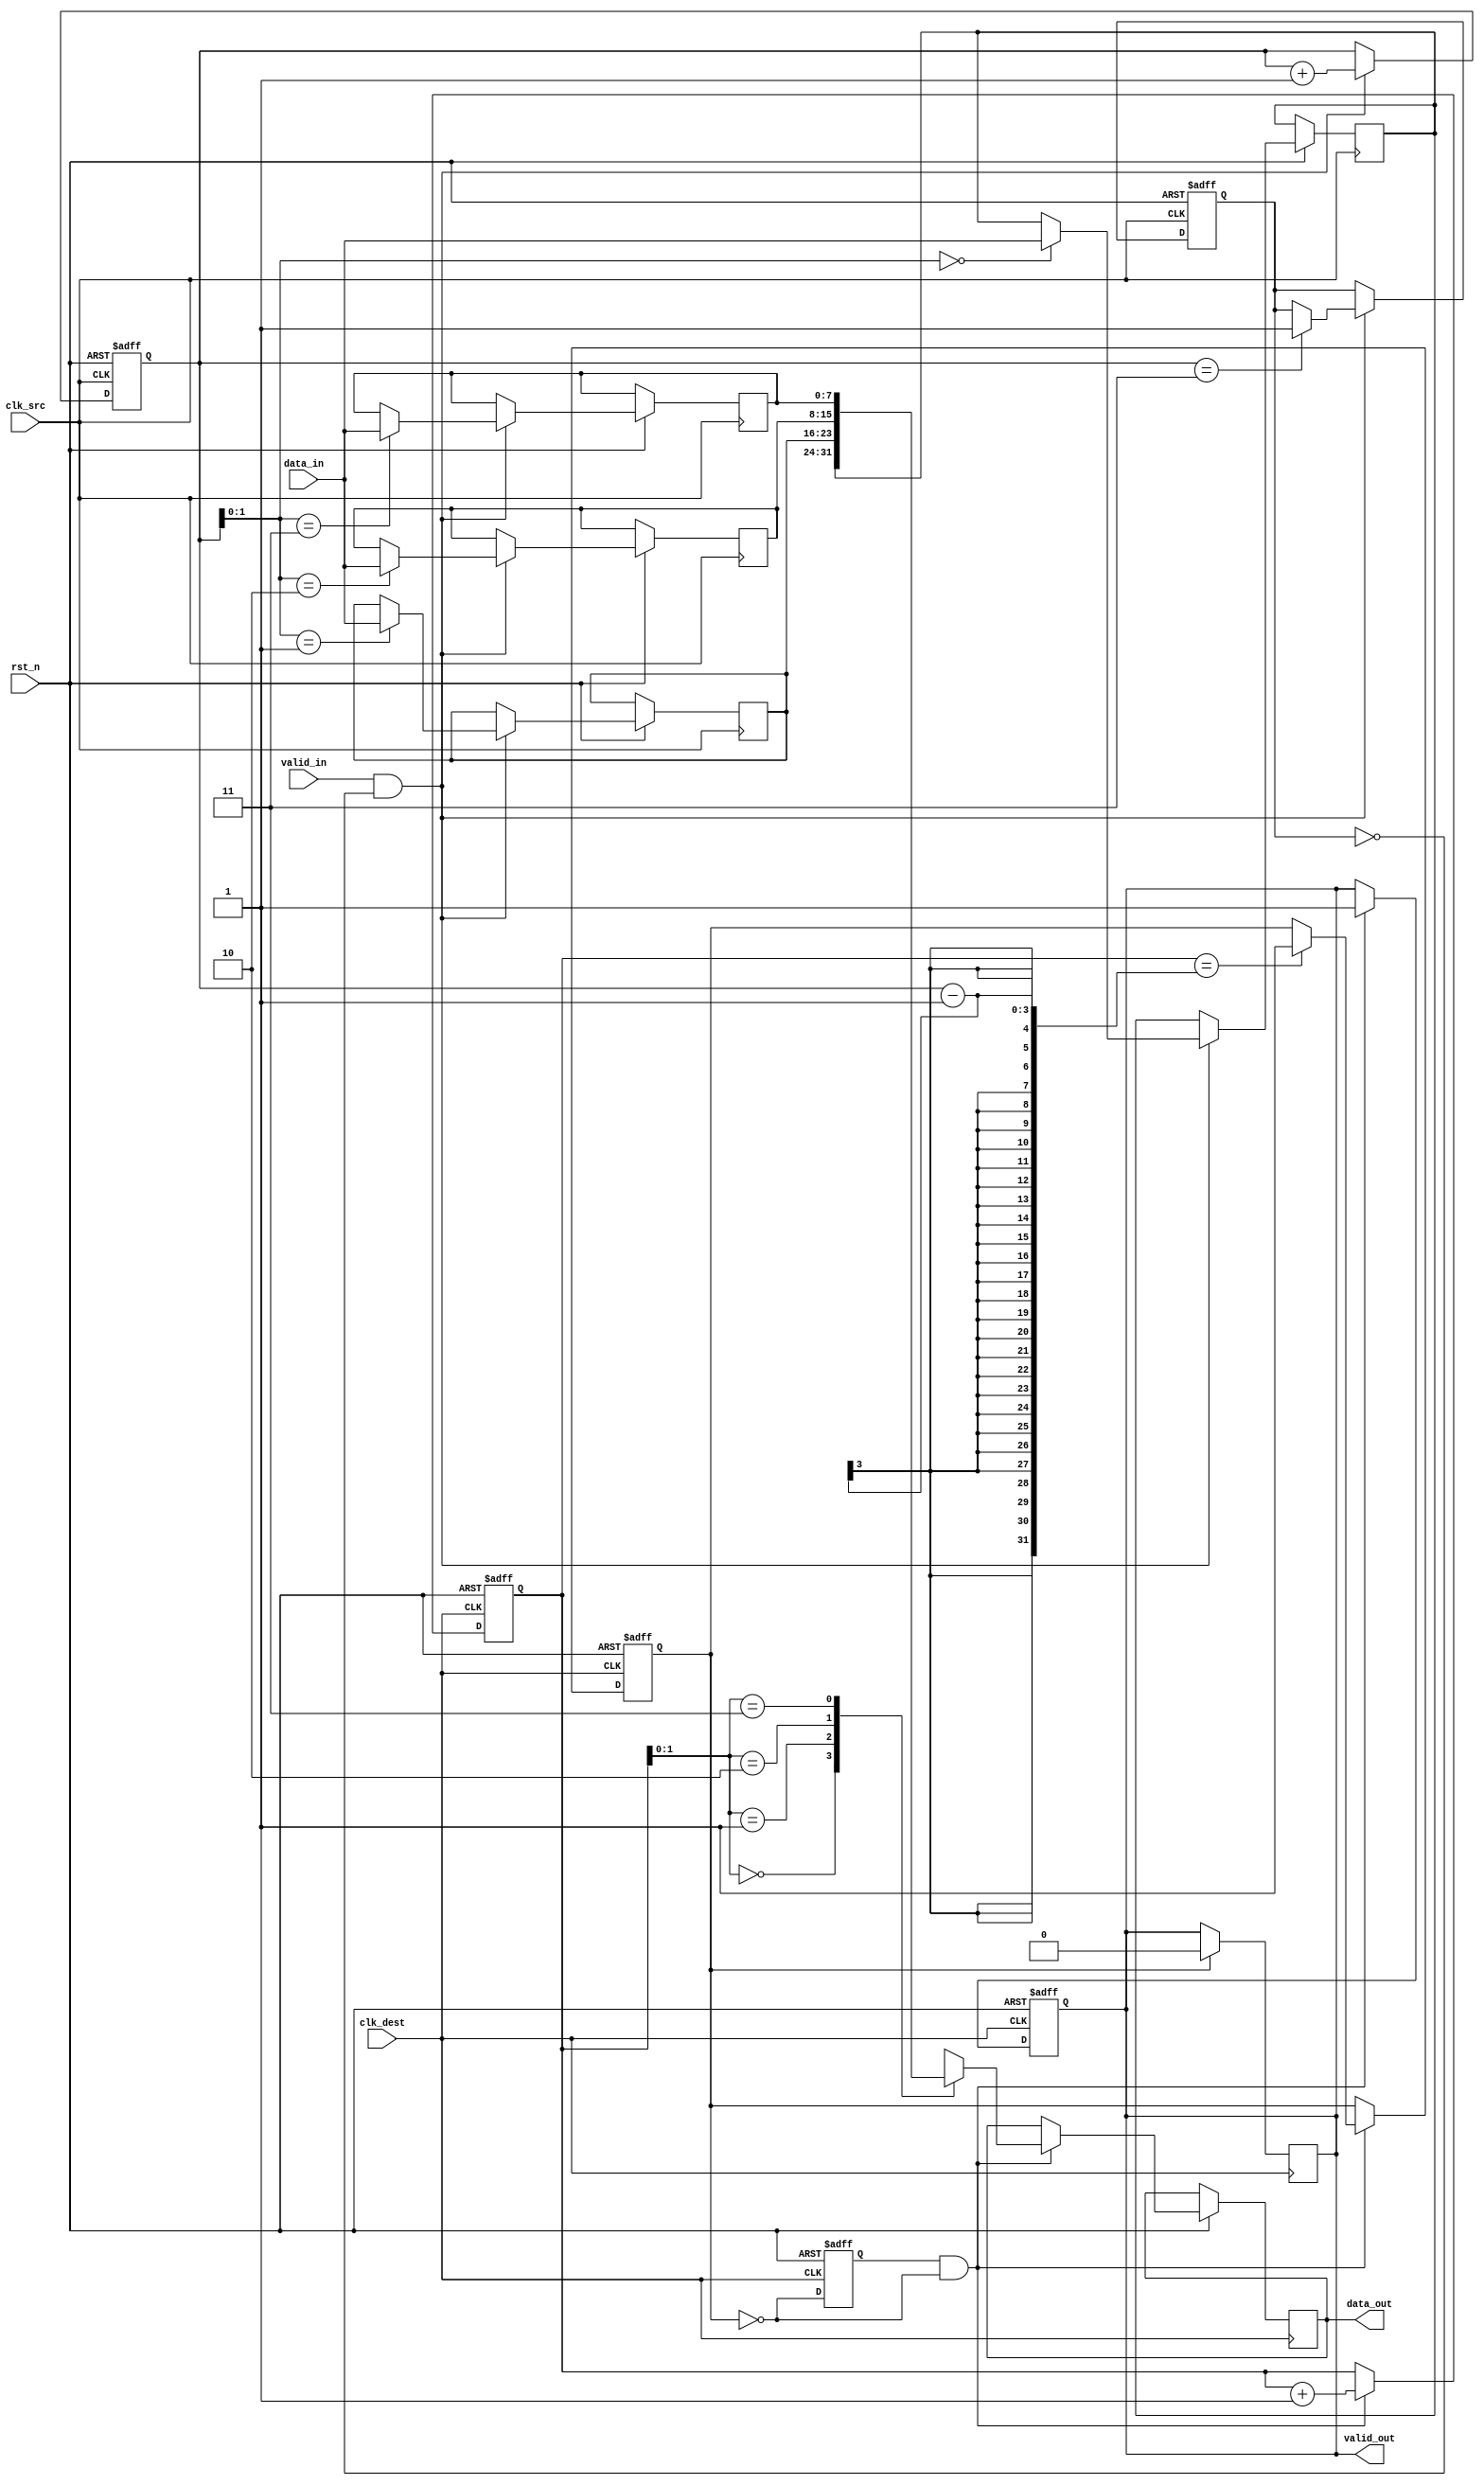
module MemoryBlocksPipelineSynchronizer #(
    parameter DATA_WIDTH = 8,          // Width of data bus
    parameter FIFO_DEPTH = 4            // Depth of FIFO buffer
)(
    input  wire                  clk_src,      // Source clock
    input  wire                  clk_dest,     // Destination clock
    input  wire                  rst_n,        // Active low reset
    input  wire                  valid_in,     // Indicates valid data input
    input  wire [DATA_WIDTH-1:0] data_in,     // Input data
    output reg                   valid_out,    // Indicates valid data output
    output reg [DATA_WIDTH-1:0] data_out      // Output data
);

    // FIFO buffer implementation
    reg [DATA_WIDTH-1:0] fifo_buffer [0:FIFO_DEPTH-1];
    reg [2:0] write_ptr, read_ptr;      // FIFO pointers
    reg fifo_full, fifo_empty;

    // Dual flop synchronization
    reg [DATA_WIDTH-1:0] sync_ff1, sync_ff2;

    // Handshaking signals
    reg ready_to_accept;                // Indicates if the receiver is ready
    reg request_data;                   // Indicates request for data

    // FIFO write logic
    always @(posedge clk_src or negedge rst_n) begin
        if (!rst_n) begin
            write_ptr <= 0;
            fifo_full <= 0;
        end else if (valid_in && !fifo_full) begin
            fifo_buffer[write_ptr] <= data_in;
            write_ptr <= write_ptr + 1;
            if (write_ptr == FIFO_DEPTH - 1) begin
                fifo_full <= 1;
            end
        end
    end

    // FIFO read logic
    always @(posedge clk_dest or negedge rst_n) begin
        if (!rst_n) begin
            read_ptr <= 0;
            fifo_empty <= 1;
            valid_out <= 0;
        end else if (ready_to_accept && !fifo_empty) begin
            data_out <= fifo_buffer[read_ptr];
            read_ptr <= read_ptr + 1;
            valid_out <= 1;
            if (read_ptr == write_ptr - 1) begin
                fifo_empty <= 1;
            end
        end
    end

    // Synchronization logic
    always @(posedge clk_dest or negedge rst_n) begin
        if (!rst_n) begin
            sync_ff1 <= 0;
            sync_ff2 <= 0;
        end else begin
            sync_ff1 <= data_in;
            sync_ff2 <= sync_ff1;            
        end
    end

    // Handshaking implementation
    always @(posedge clk_dest or negedge rst_n) begin
        if (!rst_n) begin
            ready_to_accept <= 0;
        end else begin
            ready_to_accept <= !fifo_empty; // Ready if FIFO is not empty
        end
    end

    // Control valid_out based on FIFO empty condition
    always @(posedge clk_dest) begin
        if (fifo_empty) begin
            valid_out <= 0; // No valid output if FIFO is empty
        end
    end

endmodule